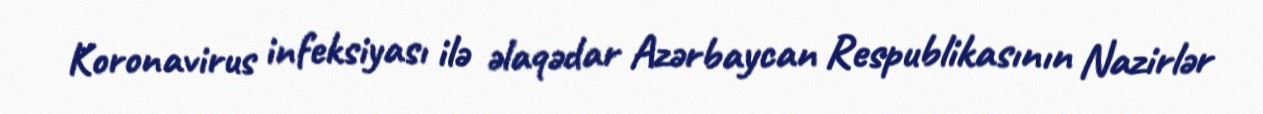
Koronavirus infeksiyası ilə əlaqədar Azərbaycan Respublikasının Nazirlər